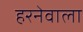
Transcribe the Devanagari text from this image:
हरनेवाला